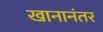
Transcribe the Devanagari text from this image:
खानानंतर